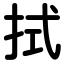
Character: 拭